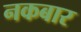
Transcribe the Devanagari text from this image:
नकबार